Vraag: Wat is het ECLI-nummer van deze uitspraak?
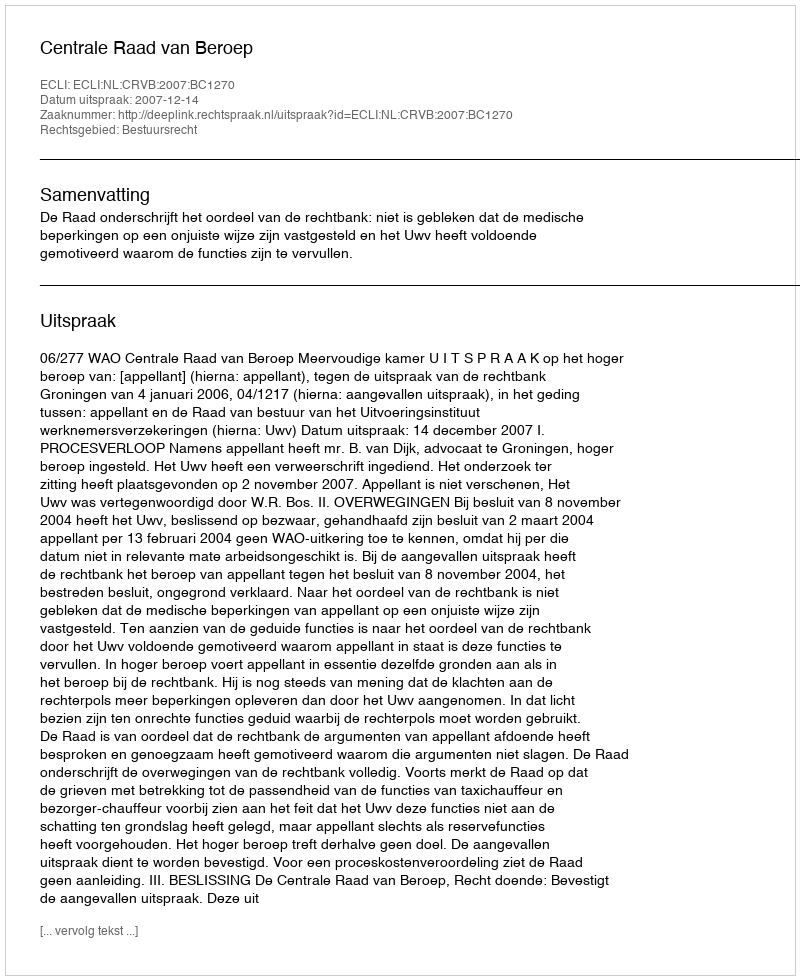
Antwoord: ECLI:NL:CRVB:2007:BC1270